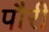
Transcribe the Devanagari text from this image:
पौरी